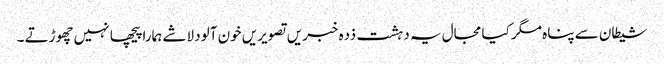
شیطان سے پناہ مگر کیا مجال یہ دہشت ذدہ خبریں تصویریں خون آلود لاشے ہمارا پیچھا نہیں چھوڑتے ۔